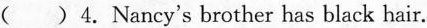
( )4. Nancy's brother has black hair.